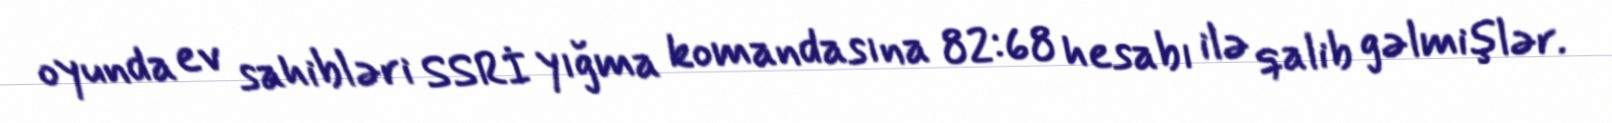
oyunda ev sahibləri SSRİ yığma komandasına 82:68 hesabı ilə qalib gəlmişlər.